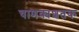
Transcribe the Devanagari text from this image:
चाणक्यशतक